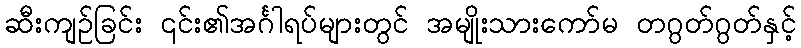
ဆီးကျဉ်ခြင်း ၎င်း၏အင်္ဂါရပ်များတွင် အမျိုးသားကော်မ တဂွတ်ဂွတ်နှင့်